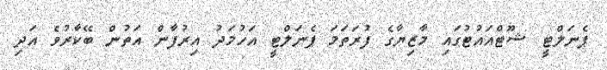
ޕެނަލްޓީ ޝޫޓްއައުޓުގައި މާޒިޔާގެ ފުރަތަމަ ޕެނަލްޓީ އަހުމަދު އިރުފާން އަތުން ބޭކާރުވެ އަދި